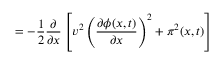
= - \frac { 1 } { 2 } \frac { \partial } { \partial x } \left[ v ^ { 2 } \left( \frac { \partial \phi ( x , t ) } { \partial x } \right) ^ { 2 } + \pi ^ { 2 } ( x , t ) \right]